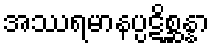
အဿရမာနပ္ပဋိစ္ဆန္နာ